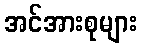
အင်အားစုများ